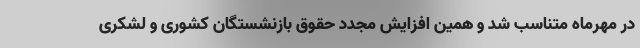
در مهرماه متناسب شد و همین افزایش مجدد حقوق بازنشستگان کشوری و لشکری